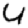
Digit: 4